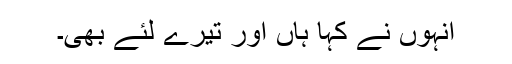
انہوں نے کہا ہاں اور تیرے لئے بھی۔